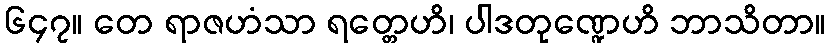
၆၄၇။ တေ ရာဇဟံသာ ရတ္တေဟိ၊ ပါဒတုဏ္ဍေဟိ ဘာသိတာ။